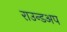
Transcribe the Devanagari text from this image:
राउन्डअप